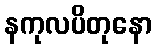
နကုလပိတုနော